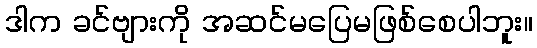
ဒါက ခင်ဗျားကို အဆင်မပြေမဖြစ်စေပါဘူး။